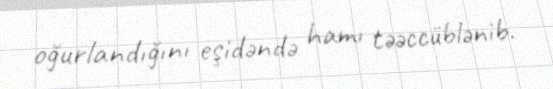
oğurlandığını eşidəndə hamı təəccüblənib.